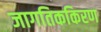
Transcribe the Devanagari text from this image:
जागतिककिरण